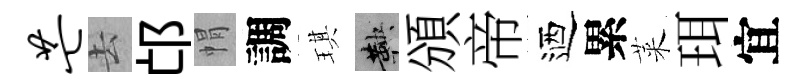
芒去邙㡌調琪鞅頒帝迺累萊珥宜